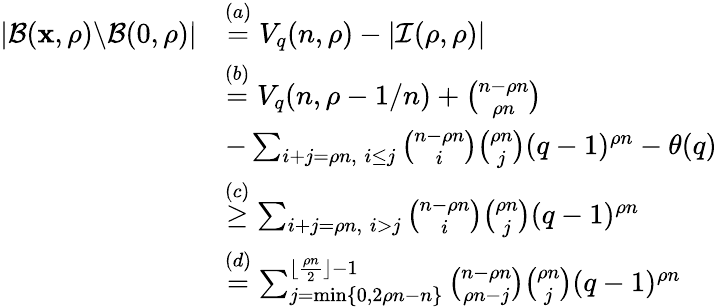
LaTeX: \begin{array}{rl}{|\mathcal{B}(\mathbf{x},\rho)\backslash{\mathcal{B}(0,\rho)}|}&{\overset{(a)}{=}V_{q}(n,\rho)-|\mathcal{I}(\rho,\rho)|}\\ &{\overset{(b)}{=}V_{q}(n,\rho-1/n)+{\binom{n-\rho n}{\rho n}}}\\ &{-\sum_{i+j=\rho n,\; i\leq j}{\binom{n-\rho n}{i}}{\binom{\rho n}{j}}(q-1)^{\rho n}-\theta(q)}\\ &{\overset{(c)}{\geq}\sum_{i+j=\rho n,\; i>j}{\binom{n-\rho n}{i}}{\binom{\rho n}{j}}(q-1)^{\rho n}}\\ &{\overset{(d)}{=}\sum_{j=\operatorname*{min}\{ 0,2\rho n-n\} }^{\lfloor\frac{\rho n}{2}\rfloor-1}{\binom{n-\rho n}{\rho n-j}}{\binom{\rho n}{j}}(q-1)^{\rho n}}\end{array}